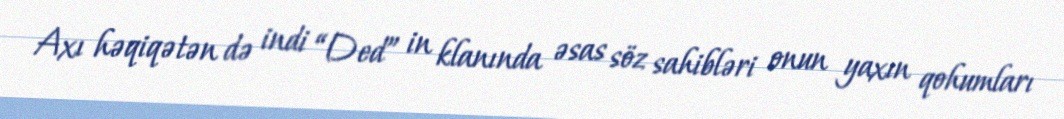
Axı həqiqətən də indi “Ded” in klanında əsas söz sahibləri onun yaxın qohumları